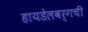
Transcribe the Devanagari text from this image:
हायडेलबर्गची